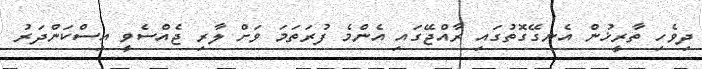
ދިވެހި ތާރީޚުން އެނގޭގޮތުގައި ރާއްޖޭގައި އެންމެ ފުރަތަމަ ވަށް ލާރި ޖެއްސެވީ އިސްކަންދަރު